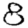
Digit: 8